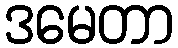
ဒမေတာ